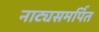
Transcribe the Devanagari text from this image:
नाट्यसमर्पित